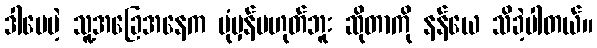
ဒါပေမဲ့ သူ့အခြေအနေက ပုံမှန်မဟုတ်ဘူး ဆိုတာကို နန်ယေ သိခဲ့ပါတယ်။